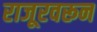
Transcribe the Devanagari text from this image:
राजूरवरून